Trukikaitis_Postimees, lk 168
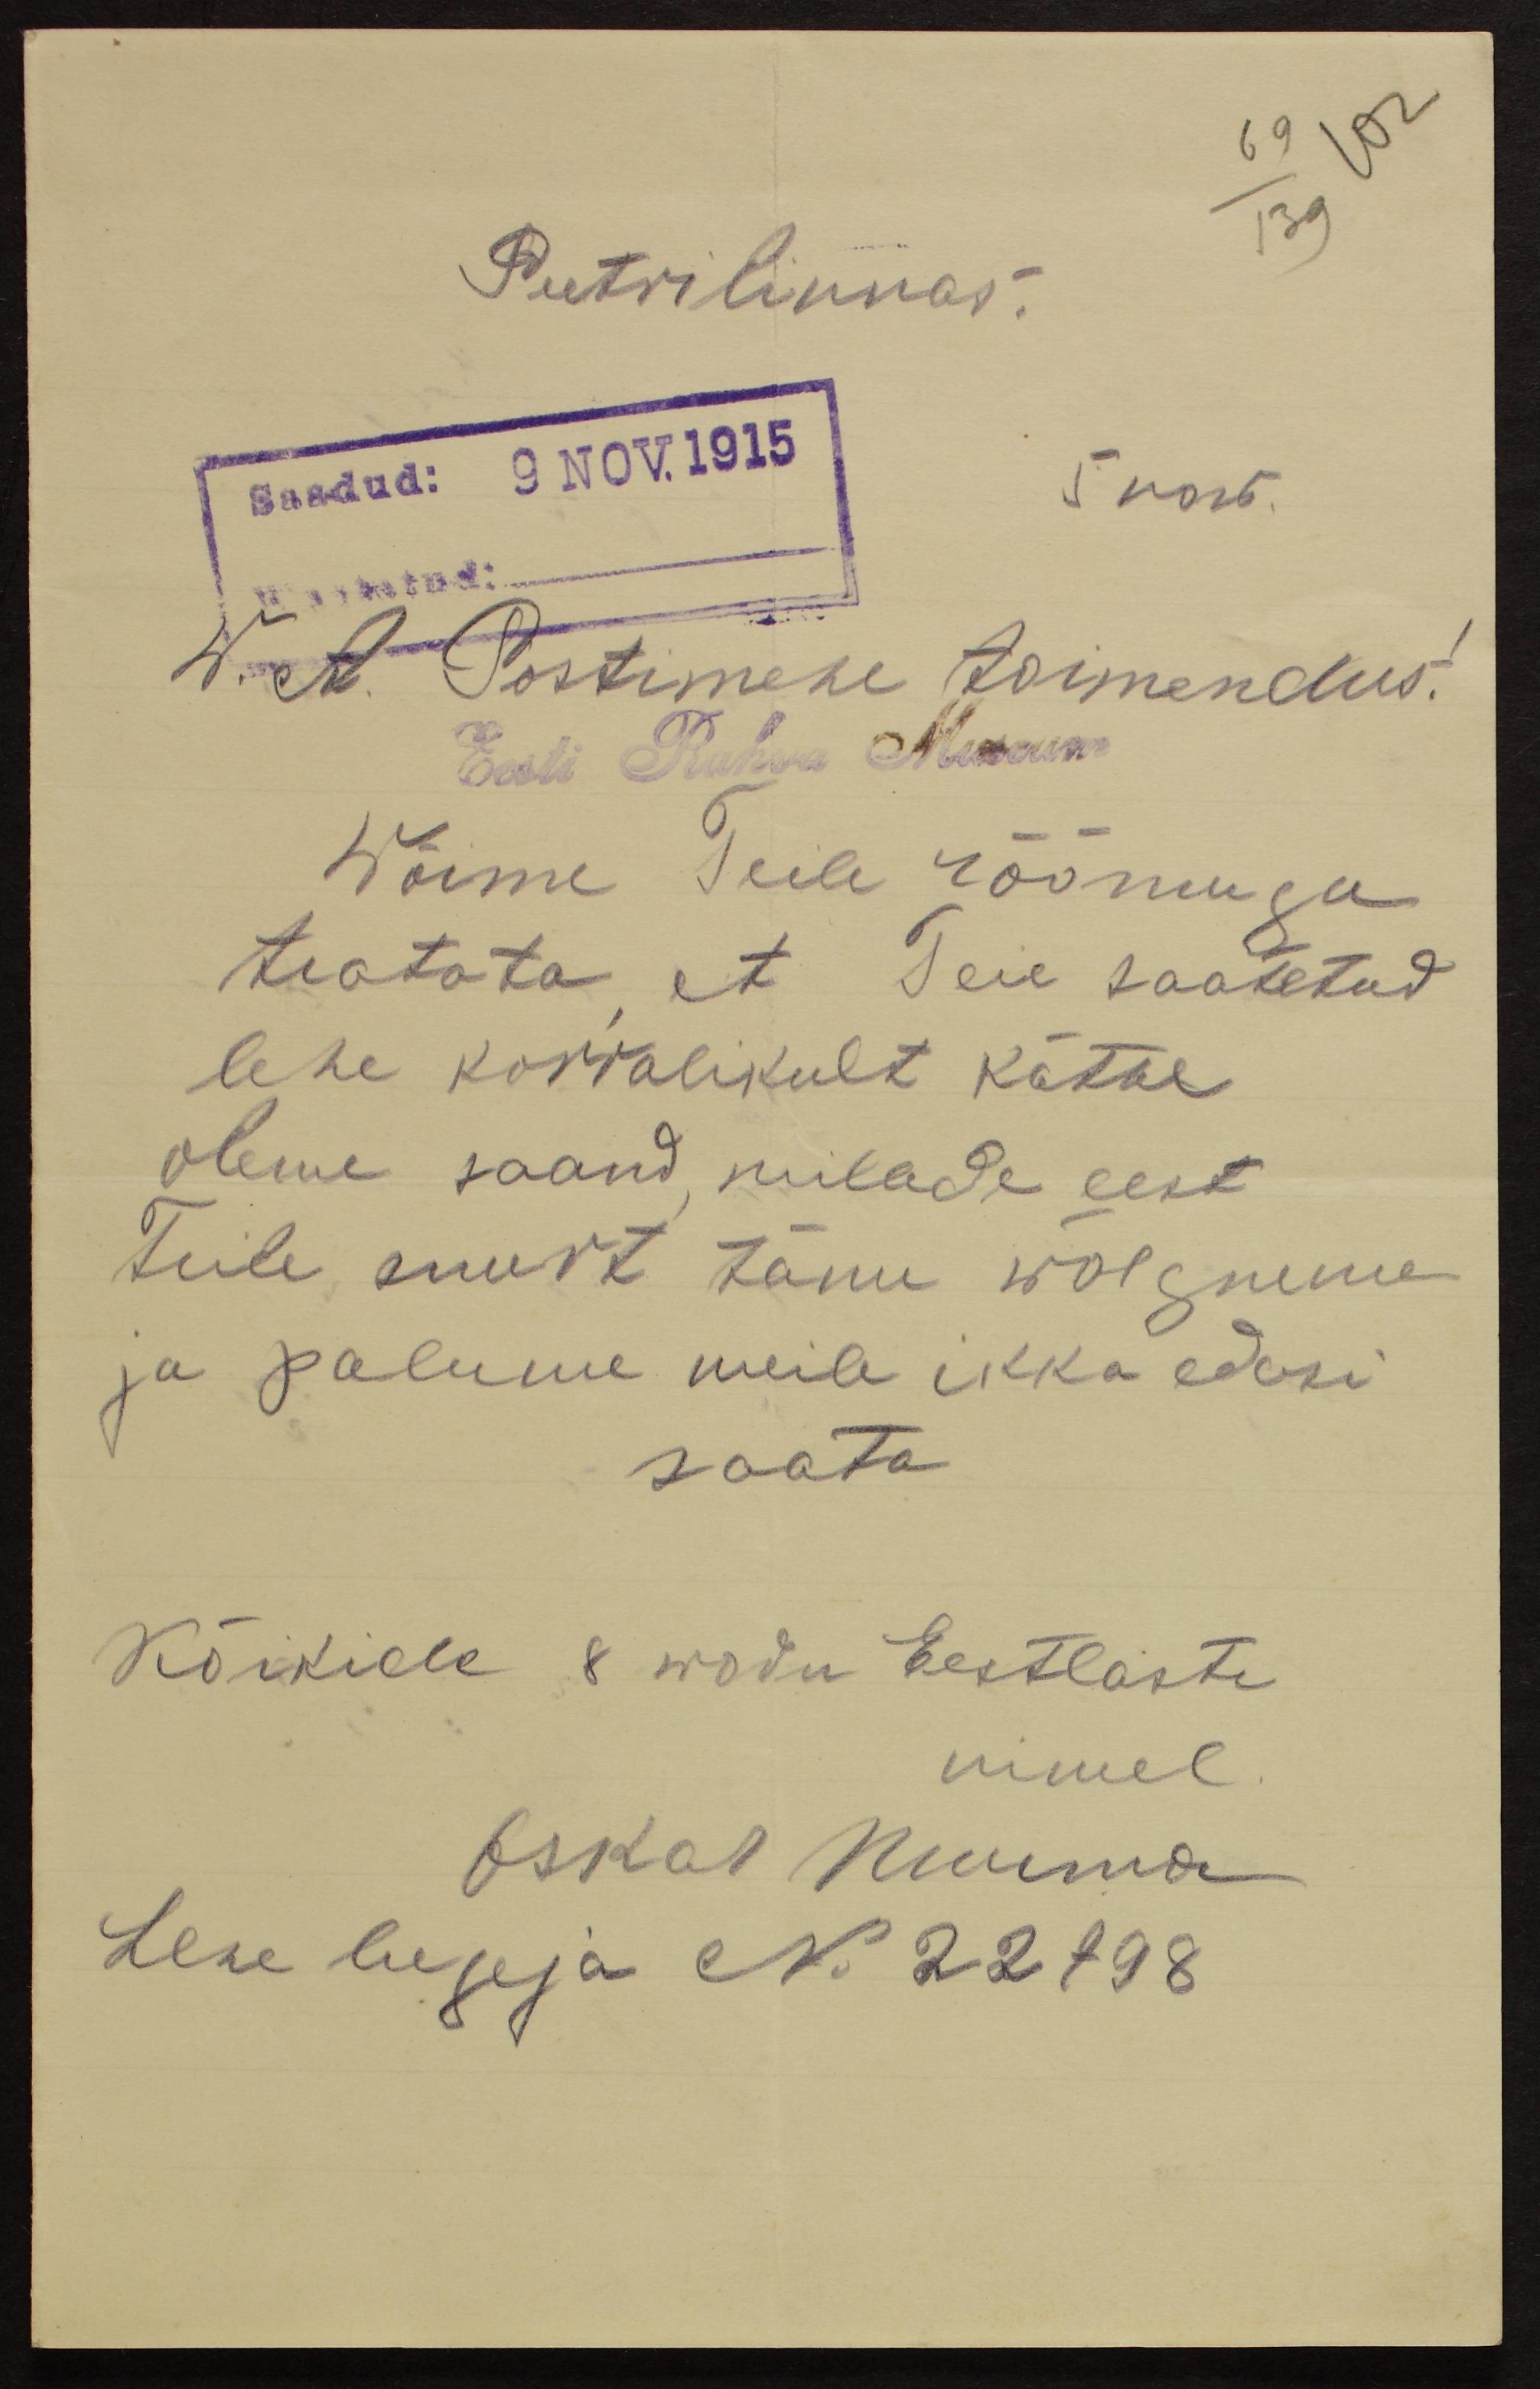
Peetri linnas.
Saadud: 9 NOV. 1915
5 now.
Wastatud:
W. A. Postimehe toimendus!
Eesti Rahva Museum
Wõime Teile rõõmuga
teatata, et Teie saatetud
lehe korralikult kätte
oleme saand, millede eest
Teile, suurt tänu wõlgneme
ja palume meile ikka edasi
saata.
Kõikide 8 rodu Eestlaste
nimel.
Oskar Muima
Lehe lugeja N 22798